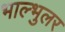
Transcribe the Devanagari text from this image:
भाल्भुलर